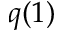
q ( 1 )